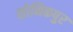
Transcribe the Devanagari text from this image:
सोनिकपुर